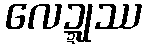
လေဍ္ဍုဿ